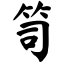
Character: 笥